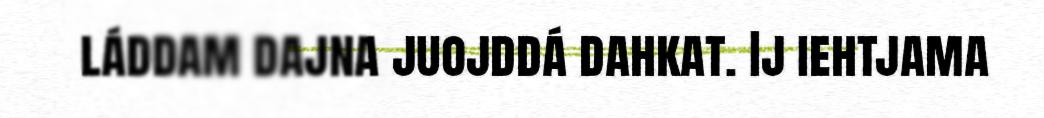
láddam dajna juojddá dahkat. Ij iehtjama